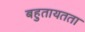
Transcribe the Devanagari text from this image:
बहुतायतता